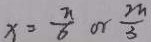
x = \frac { \pi } { 6 } o r \frac { 2 \pi } { 3 }